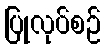
ပြုလုပ်စဉ်